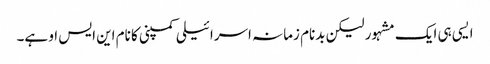
ایسی ہی ایک مشہور لیکن بدنام زمانہ اسرائیلی کمپنی کا نام این ایس او ہے۔